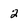
Character: 2